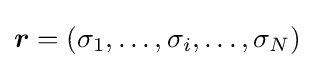
{\boldsymbol {r}}=(\sigma _{1},\ldots ,\sigma _{i},\ldots ,\sigma _{N})